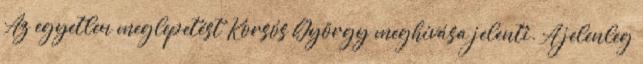
Az egyetlen meglepetést Korsós György meghívása jelenti. A jelenleg